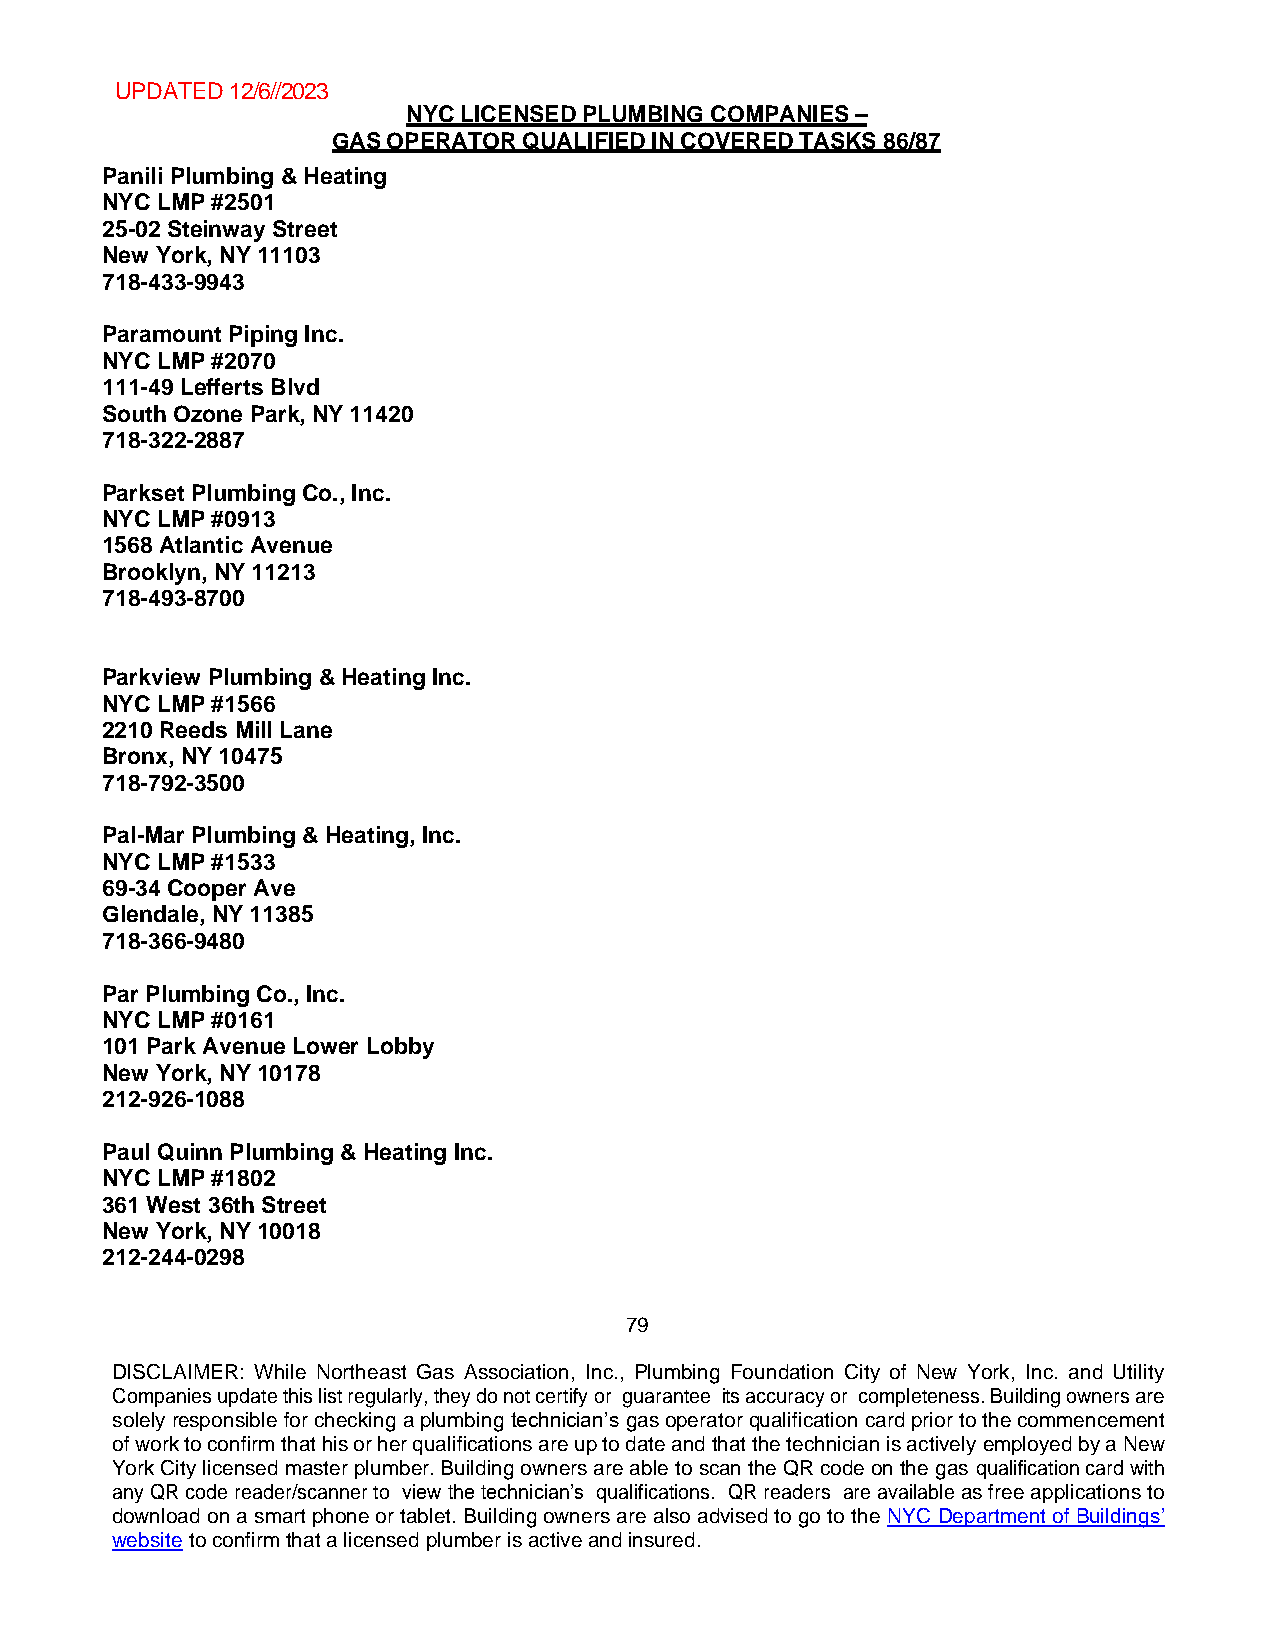
UPDATED 12/6//2023
 NYC LICENSED PLUMBING COMPANIES –
 GAS OPERATOR QUALIFIED IN COVERED TASKS 86/87
 Panili Plumbing & Heating
 NYC LMP #2501
 25-02 Steinway Street
 New York, NY 11103
 718-433-9943
 Paramount Piping Inc.
 NYC LMP #2070
 111-49 Lefferts Blvd
 South Ozone Park, NY 11420
 718-322-2887
 Parkset Plumbing Co., Inc.
 NYC LMP #0913
 1568 Atlantic Avenue
 Brooklyn, NY 11213
 718-493-8700
 Parkview Plumbing & Heating Inc.
 NYC LMP #1566
 2210 Reeds Mill Lane
 Bronx, NY 10475
 718-792-3500
 Pal-Mar Plumbing & Heating, Inc.
 NYC LMP #1533
 69-34 Cooper Ave
 Glendale, NY 11385
 718-366-9480
 Par Plumbing Co., Inc.
 NYC LMP #0161
 101 Park Avenue Lower Lobby
 New York, NY 10178
 212-926-1088
 Paul Quinn Plumbing & Heating Inc.
 NYC LMP #1802
 361 West 36th Street
 New York, NY 10018
 212-244-0298
 79
 DISCLAIMER: While Northeast Gas Association, Inc., Plumbing Foundation City of New York, Inc. and Utility
 Companies update this list regularly, they do not certify or guarantee its accuracy or completeness. Building owners are
 solely responsible for checking a plumbing technician’s gas operator qualification card prior to the commencement
 of work to confirm that his or her qualifications are up to date and that the technician is actively employed by a New
 York City licensed master plumber. Building owners are able to scan the QR code on the gas qualification card with
 any QR code reader/scanner to view the technician’s qualifications. QR readers are available as free applications to
 download on a smart phone or tablet. Building owners are also advised to go to the NYC Department of Buildings’
 website to confirm that a licensed plumber is active and insured.